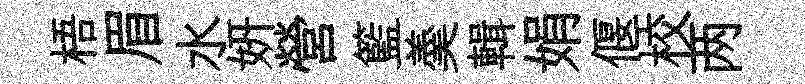
梧眉水妍營籃羮輯娟偃校两